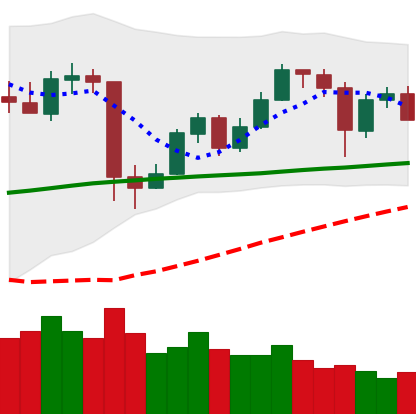
Ticker: ETH-USD
Chart end date: 2020-05-24
Forward return: 9.045%
Label: up_7plus